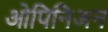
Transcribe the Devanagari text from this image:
ओपिनिअन